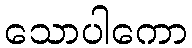
သောပါကော